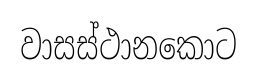
වාසස්ථානකොට